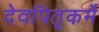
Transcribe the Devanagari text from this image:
देवपितृकर्मे